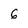
Character: 6